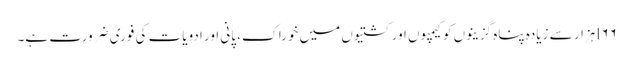
l۶۶ہزار سے زیادہ پناہ گزینوں کو کیمپوں اور کشتیوں میں خوراک، پانی اور ادویات کی فوری ضرورت ہے۔